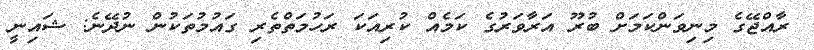
ރާއްޖޭގެ މިނިވަންކަމަށް ބުރޫ އަރާވަރުގެ ކަމެއް ކުރިއަކަ ރަހުމަތްތެރި ގައުމުތަކުން ނުދޭނެ: ޝައިނީ